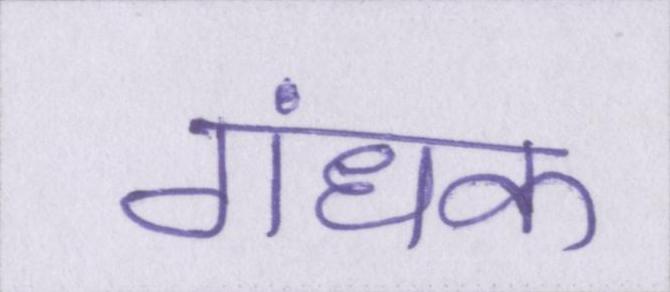
गंधक